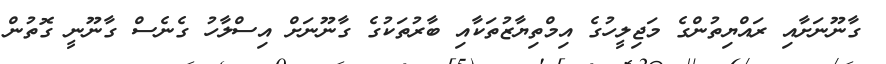
ގާނޫނަށާއި ރައްޔިތުންގެ މަޖިލީހުގެ އިމްތިޔާޒުތަކާއި ބާރުތަކުގެ ގާނޫނަށް އިސްލާހު ގެނެސް ގާނޫނީ ގޮތުން